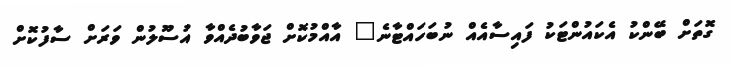
ގޮތަށް ބޭންކު އެކައުންޓަކު ފައިސާއެއް ނުބަހައްޓާނެ" އާއްމުކޮށް ޖަވާބުދެއްވާ އުސޫލުން ވަރަށް ސާފުކޮށް